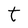
Character: t